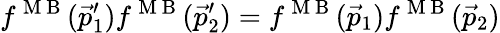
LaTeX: f^{\mathrm{~M~B~}}(\vec{p}_{1}^{\prime})f^{\mathrm{~M~B~}}(\vec{p}_{2}^{\prime})=f^{\mathrm{~M~B~}}(\vec{p}_{1})f^{\mathrm{~M~B~}}(\vec{p}_{2})